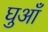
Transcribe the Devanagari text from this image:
घुआँ